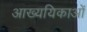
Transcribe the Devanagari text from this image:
आख्ययिकाओं